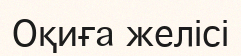
Оқиға желісі